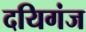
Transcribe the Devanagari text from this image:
दयिगंज